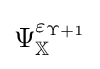
\Psi _{\mathbb {X} }^{\varepsilon _{\Upsilon +1}}